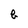
Character: b